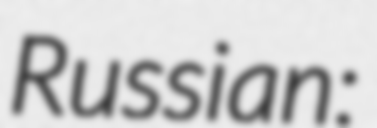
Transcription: Russian: